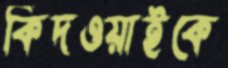
কিদওয়াইকে